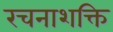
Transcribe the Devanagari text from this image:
रचनाशक्ति